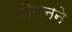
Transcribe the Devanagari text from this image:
हौलनने